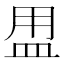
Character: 𥁎